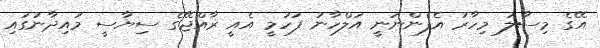
އޭގެ މިސާލު މިހާރު އެފެންނަނީ އަލްހާނު ފަހުމީ އެއީ ރާއްޖޭގެ ސިޔާސީ މައިދާނުގައި